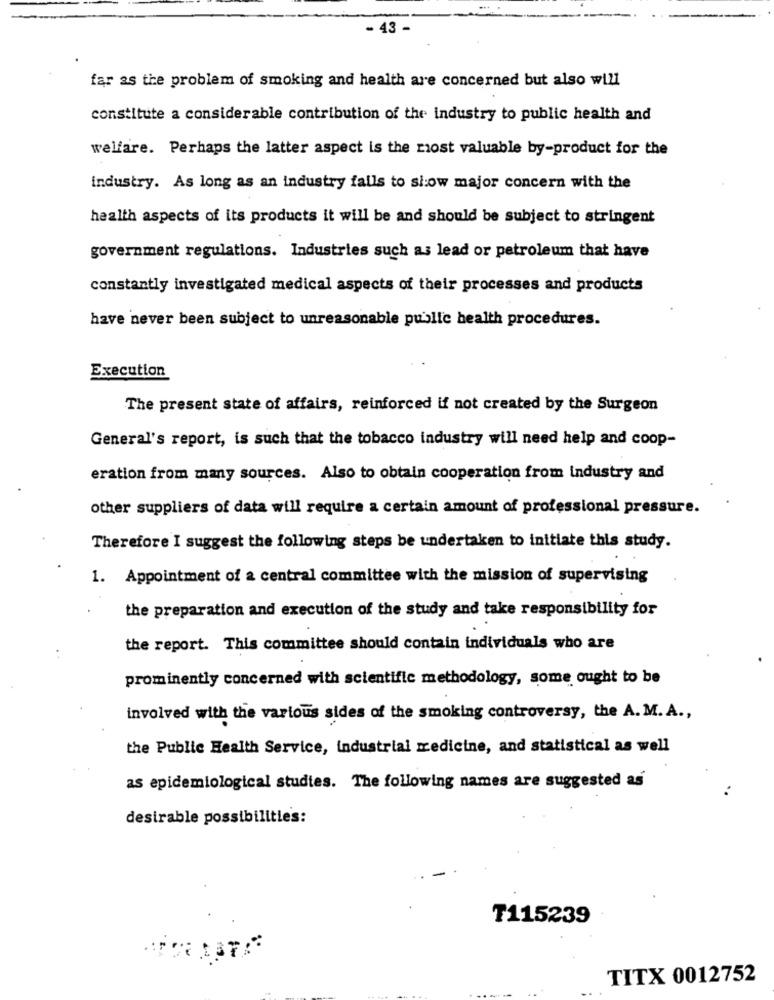
43
far as the problem of smoking and health are concerned but also will
constitute a considerable contribution of the industry to public health and
welfare. Perhaps the latter aspect is the most valuable by-product for the
industry. As long as an industry falls to slow major concern with the
health aspects of its products it will be and should be subject to stringent
government regulations. Industries such as lead or petroleum that have
constantly investigated medical aspects of their processes and products
have never been subject to unreasonable public health procedures.
Execution
The present state of affairs, reinforced if not created by the Surgeon
General's report, is such that the tobacco industry will need help and coop-
eration from many sources. Also to obtain cooperation from industry and
other suppliers of data will require a certain amount of professional pressure.
Therefore I suggest the following steps be undertaken to initiate this study.
1. Appointment of a central committee with the mission of supervising
the preparation and execution of the study and take responsibility for
the report. This committee should contain individuals who are
prominently concerned with scientific methodology, some ought to be
involved with the various sides of the smoking controversy, the A. M. A .,
the Public Health Service, industrial medicine, and statistical as well
as epidemiological studies. The following names are suggested as
desirable possibilities:
₸115239
TITX 0012752